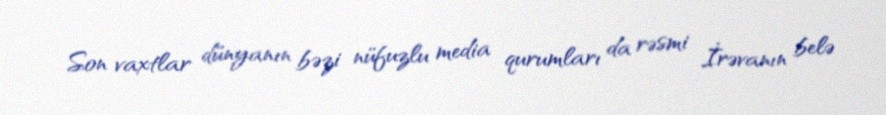
Son vaxtlar dünyanın bəzi nüfuzlu media qurumları da rəsmi İrəvanın belə